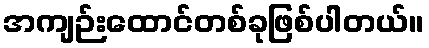
အကျဉ်းထောင်တစ်ခုဖြစ်ပါတယ်။